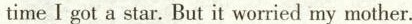
time I got a star. But it worried my mother.